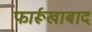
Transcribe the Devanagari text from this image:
फार्रूखाबाद